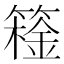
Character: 𬕮